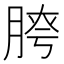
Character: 𦜮